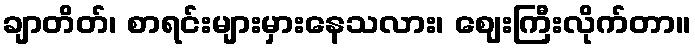
ချာတိတ်၊ စာရင်းများမှားနေသလား၊ ဈေးကြီးလိုက်တာ။